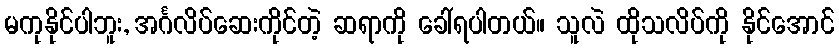
မကုနိုင်ပါဘူး, အင်္ဂလိပ်ဆေးကိုင်တဲ့ ဆရာကို ခေါ်ရပါတယ်။ သူလဲ ထိုသလိပ်ကို နိုင်အောင်